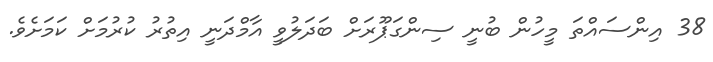
38 އިންސައްތަ މީހުން ބުނީ ސިންގަޕޫރަށް ބަދަލުވީ އާމްދަނީ އިތުރު ކުރުމަށް ކަމަށެވެ.